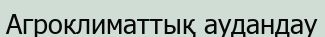
Агроклиматтық аудандау